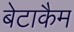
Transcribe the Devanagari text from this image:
बेटाकैम